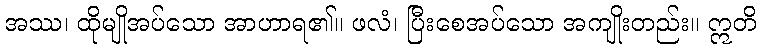
အဿ၊ ထိုမျိုအပ်သော အာဟာရ၏။ ဖလံ၊ ပြီးစေအပ်သော အကျိုးတည်း။ ဣတိ